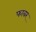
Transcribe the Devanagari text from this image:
फाबर